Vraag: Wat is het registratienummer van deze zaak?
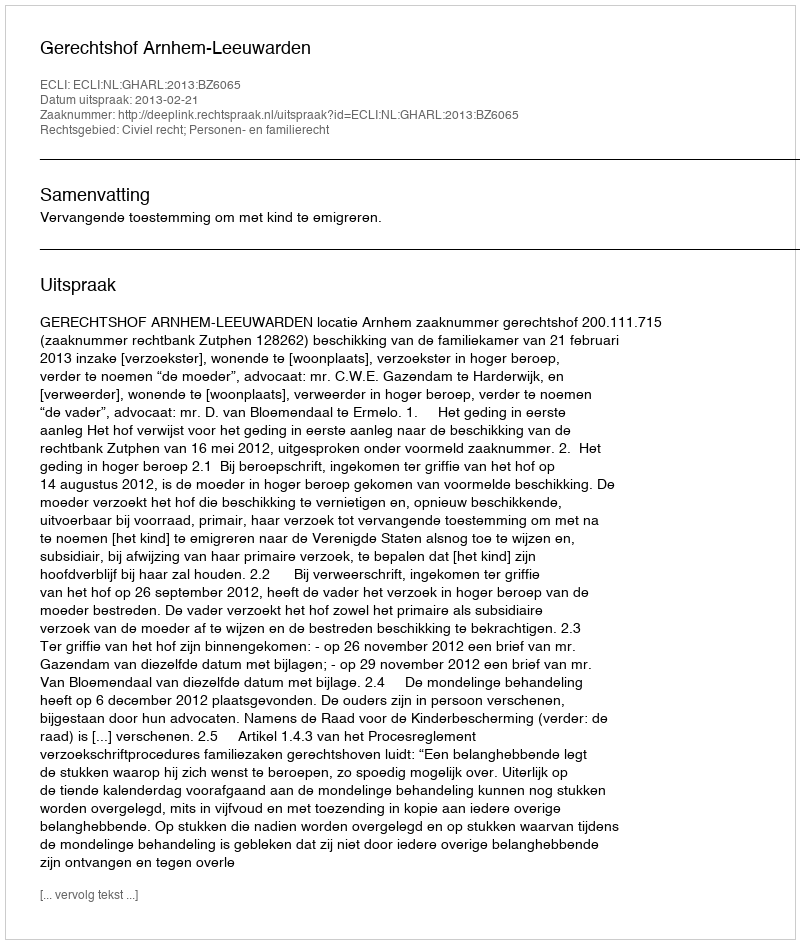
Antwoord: http://deeplink.rechtspraak.nl/uitspraak?id=ECLI:NL:GHARL:2013:BZ6065